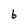
Character: 6